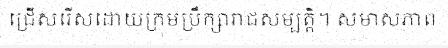
ជ្រើសរើសដោយក្រុមប្រឹក្សារាជសម្បត្តិ។ សមាសភាព